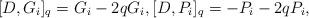
LaTeX: \begin{gather*} [D,G_i]_q=G_i -2qG_i,[D,P_i]_q=-P_i-2qP_i,\end{gather*}